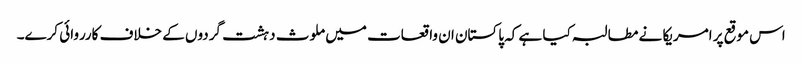
اس موقع پر امریکا نے مطالبہ کیا ہے کہ پاکستان ان واقعات میں ملوث دہشت گردوں کے خلاف کارروائی کرے۔